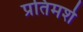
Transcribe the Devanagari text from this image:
प्रतिमर्श